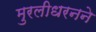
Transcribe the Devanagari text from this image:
मुरलीधरनने